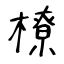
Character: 橑